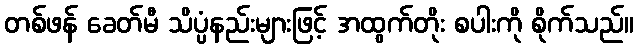
တစ်ဖန် ခေတ်မီ သိပ္ပံနည်းများဖြင့် အထွက်တိုး စပါးကို စိုက်သည်။